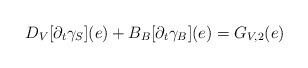
LaTeX: \begin{align*}D_{V} [\partial_{t} \gamma_{S}](e)+ B_{B} [\partial_{t} \gamma_{B}](e) = G_{V,2}(e)\end{align*}